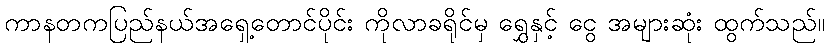
ကာနတကပြည်နယ်အရှေ့တောင်ပိုင်း ကိုလာခရိုင်မှ ရွှေနှင့် ငွေ အများဆုံး ထွက်သည်။